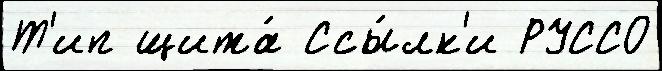
Т'ип щита́ Ссы́лк'и РУССО